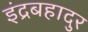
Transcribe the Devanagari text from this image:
इंद्रबहादुर